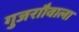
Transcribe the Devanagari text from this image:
गुजराौवाला